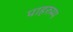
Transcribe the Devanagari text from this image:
पाहरुम्प